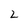
Character: 2